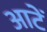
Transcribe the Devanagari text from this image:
आटें